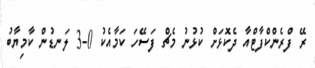
ރޭ ފްރެންކްފާޓްއާ ދެކޮޅަށް ކުޅުނު މެޗް ފަސޭހަ ކަމާއެކު 0-3 ލަނޑުން ކާމިޔާބު